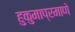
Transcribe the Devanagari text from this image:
हुकुमाप्रमाणे